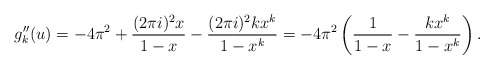
\begin{align*}g_k''(u) & = -4\pi^2 +\frac{(2\pi i)^2 x}{1-x} - \frac{(2\pi i)^2kx^k}{1-x^k}= -4\pi^2 \left(\frac{1}{1-x} - \frac{kx^k}{1-x^k}\right).\end{align*}